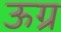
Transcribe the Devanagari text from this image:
ऊग्र